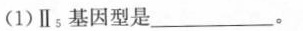
(1)Ⅱ；基因型是___。